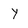
Character: Y